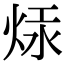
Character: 㶹